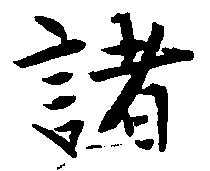
諸